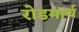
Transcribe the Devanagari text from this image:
रोडमार्च